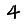
Digit: 4